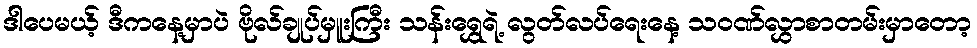
ဒါပေမယ့် ဒီကနေ့မှာပဲ ဗိုလ်ချုပ်မှူးကြီး သန်းရွှေရဲ့ လွတ်လပ်ရေးနေ့ သဝဏ်လွှာစာတမ်းမှာတော့